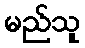
မည်သူ